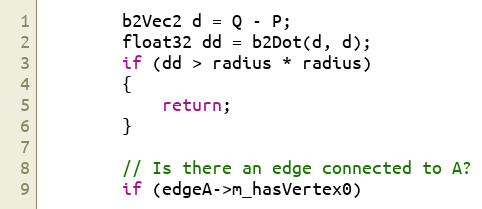
Language: C++
		b2Vec2 d = Q - P;
		float32 dd = b2Dot(d, d);
		if (dd > radius * radius)
		{
			return;
		}

		// Is there an edge connected to A?
		if (edgeA->m_hasVertex0)